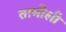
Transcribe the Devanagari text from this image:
तामीली